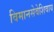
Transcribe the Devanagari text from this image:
विमानसेवेशिवाय